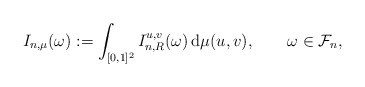
\begin{align*} I_{n,\mu}(\omega):= \int_{[0,1]^2}I_{n,R}^{u,v}(\omega) \,\mathrm{d}\mu(u,v), \qquad\omega\in\mathcal{F}_n,\end{align*}